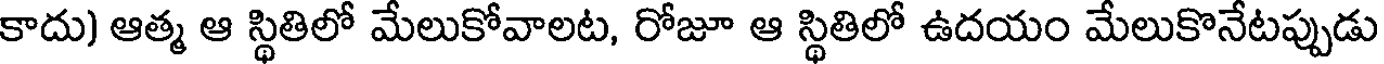
కాదు) ఆత్మ ఆ స్థితిలో మేలుకోవాలట, రోజూ ఆ స్థితిలో ఉదయం మేలుకొనేటప్పుడు